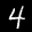
Label: 4